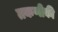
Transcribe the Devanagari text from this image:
तकणीकी